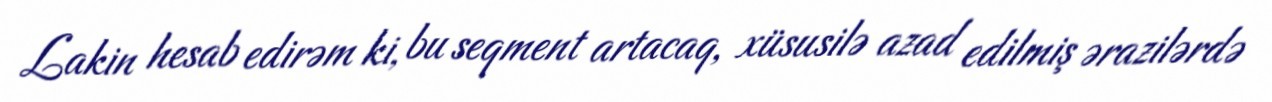
Lakin hesab edirəm ki, bu seqment artacaq, xüsusilə azad edilmiş ərazilərdə